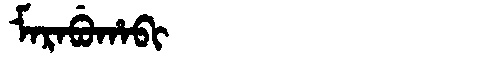
Manchu: ᠮᠠᡵᠠᠪᡠᡥᠠᠪᡳ
Romanization: MARABUHABI